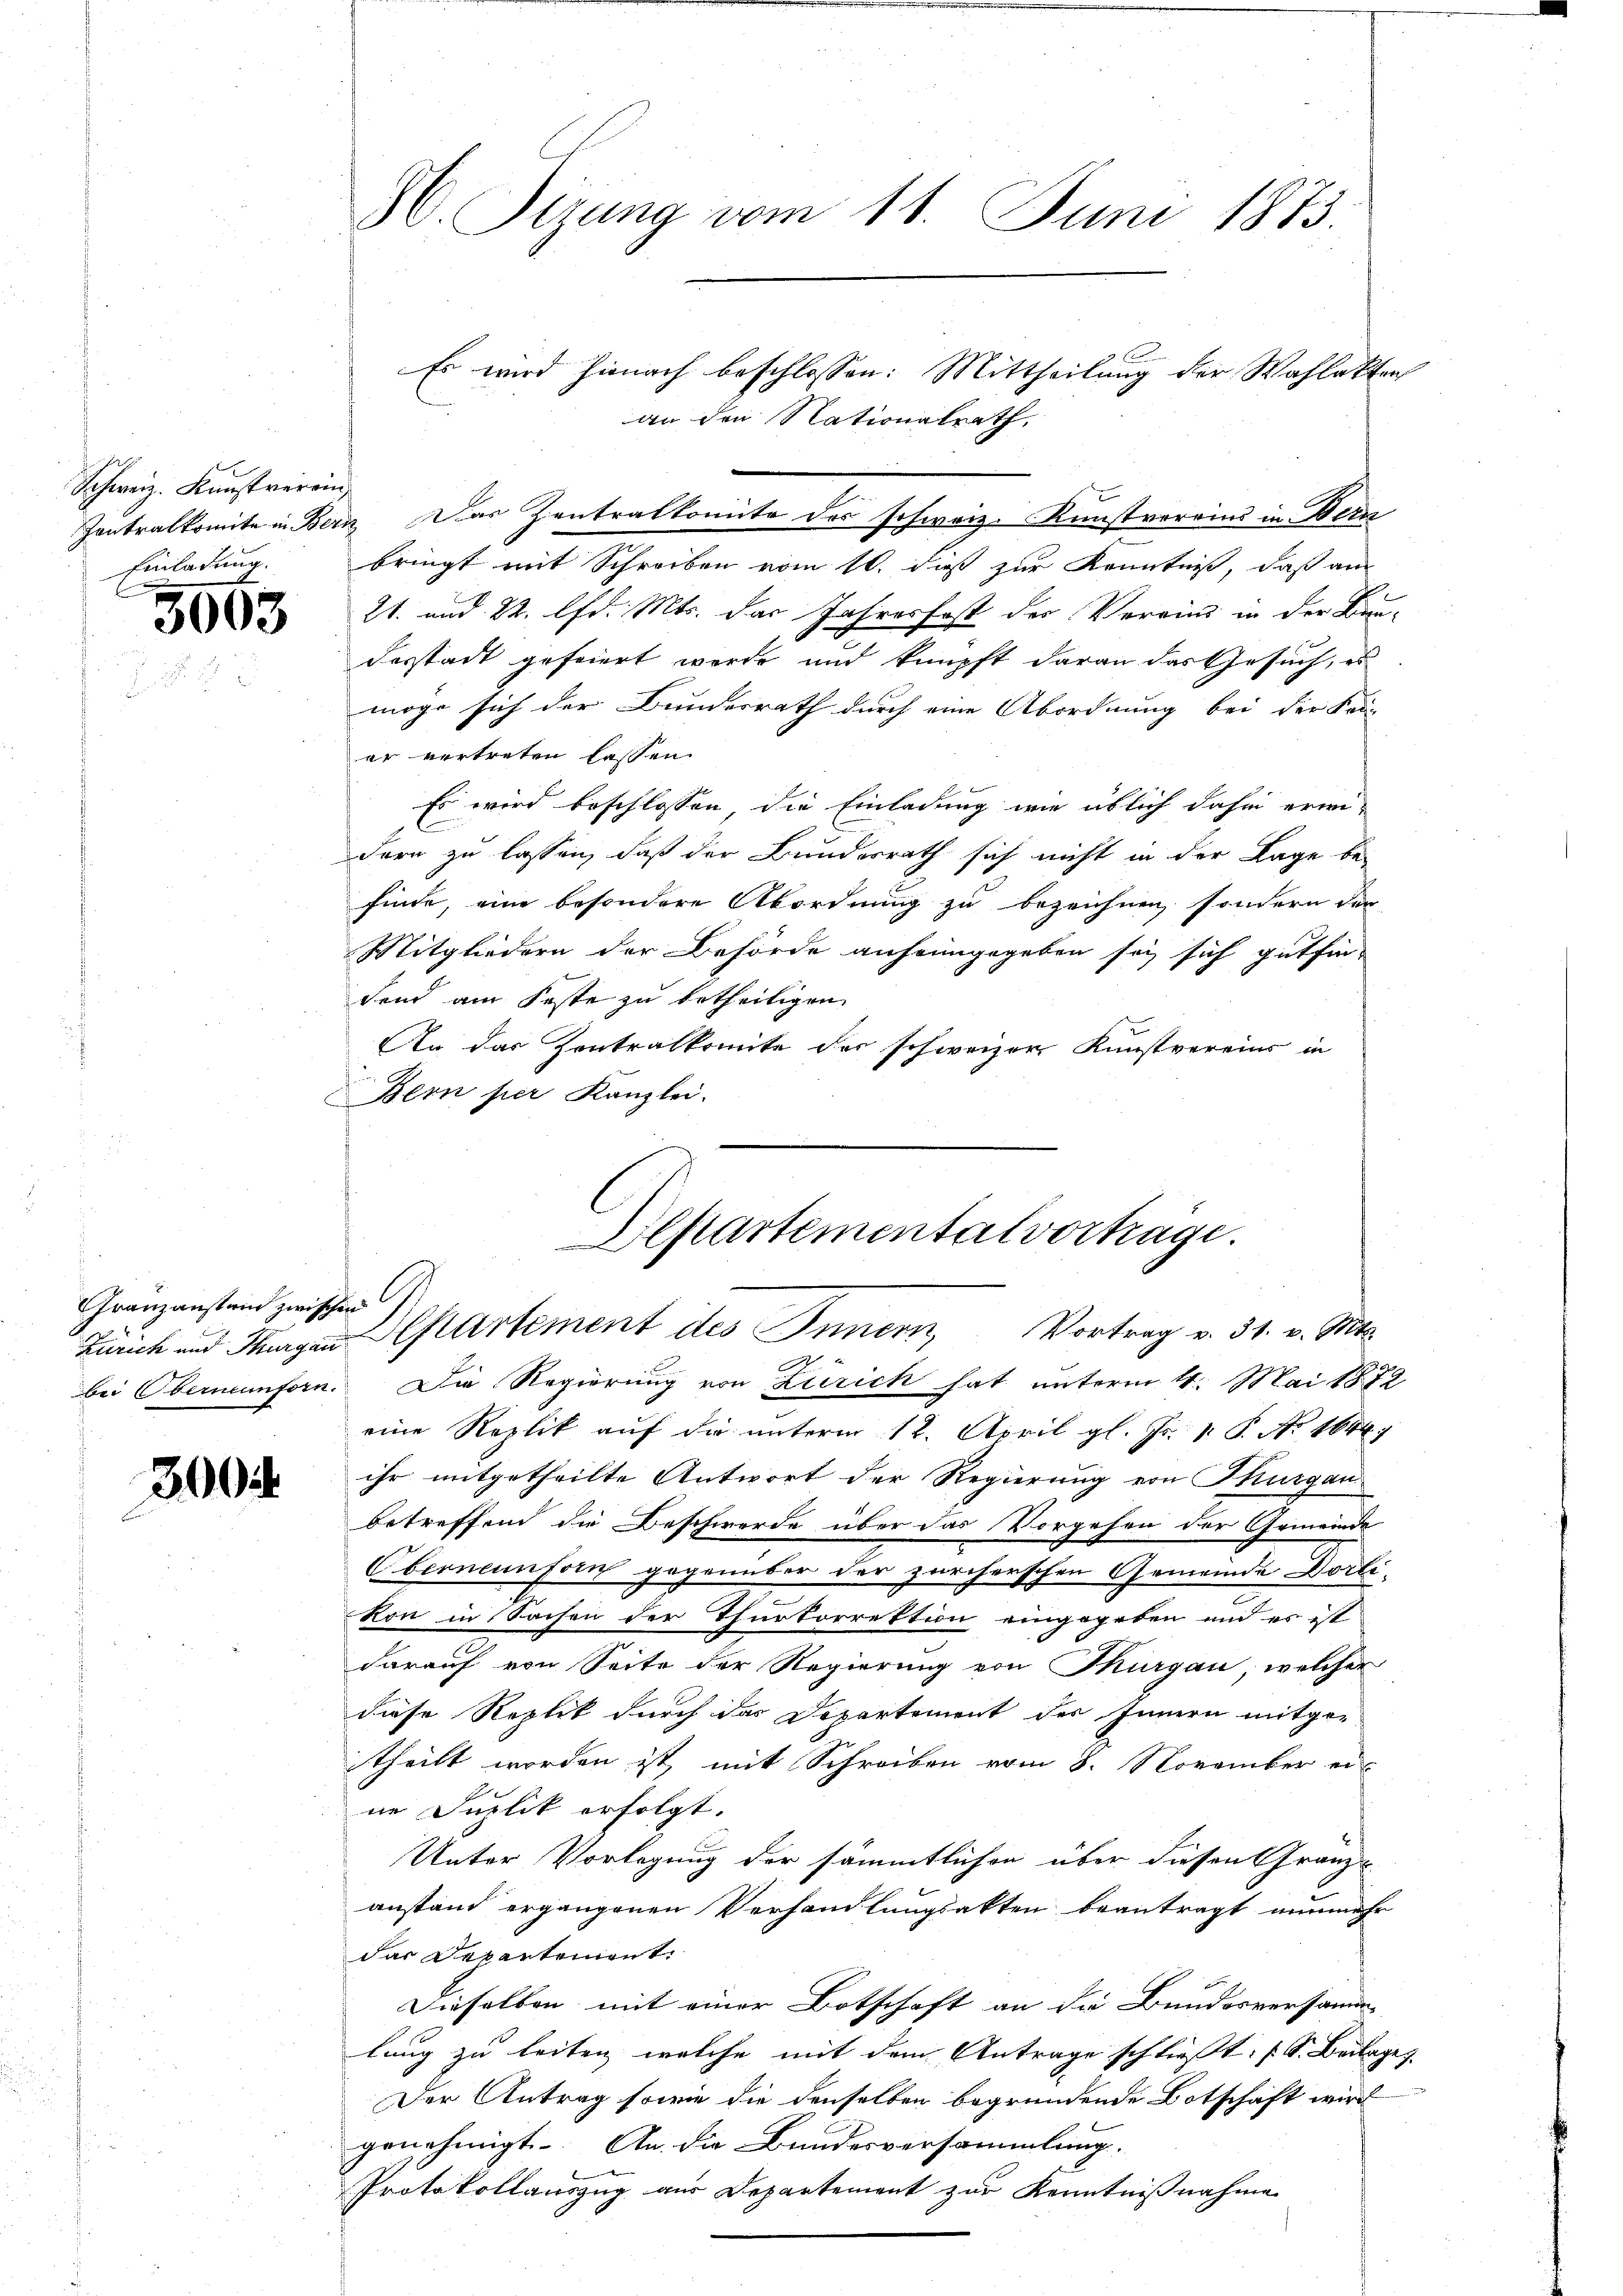
Schweiz. Kunstverrin
Einladung.

3063

ranzanstand zwischen

300

A. Sizung vom 11. Juni 1873.

Es wird hienach beschlossen: Mittheilung der Wahlakten
an den Nationalrath,
Zentralkomite in Bern. Das Zentralkomite des schweiz. Kunstvereins in Bern
bringt mit Schreiben vom 10. dieß zur Kenntniß, daß am
21. und 22. lfd. Mts. das Jahresfost der Vereins in der Bun-
desstadt gefeiert werde und knüpft daran das Gesuch, es
möge sich der Bundesrath durch eine Abordnung bei der Sei-
er vertreten lassen.
Es wird beschlossen die Einladung wie üblich dahin erwi¬
E
dern zu lassen, daß der Bundesrath sich nicht in der Lage befinde, eine besondere Abordnung zu bezeichnen, sondern der
Mitgliedern der Behörde anheimgegeben sey sich gutfin
fend am Feste zu betheiligen,
An das Contralkomite der schweizer Kunstvereins in
Bern per Kanzlei.

Ilftartemental vorträge.
Zürich und Hungen partement des Innern, Vortrag v. 31. v. Mts.

bei Oberneunforn. Die Regierung von Zürich hat unterm 4. Mai 1872
eine Replik auf die unterm 12. April gl. Js. 1. P. No 1644)
ihr mitgetheilte Antwort der Regierung von Thurgau
betreffend die Beschwerde über das Vorgehen der Gemeinde
Oberneunforn gegenüber der zürcherschen Gemeinde Dorli-
kon in Sachen der Thurkorrektion eingegeben und es ist
darauf von Seite der Regierung von Thurgau, welcher
diese Replik durch das Departement des Innern mitge-
theilt worden ist, mit Schreiben vom 8. November er-
ne Juplik erfolgt.
Unter Vorlegung der sämmtlichen über diesen Granz-
anstand ergangenen Verhandlungsakten beantragt nunmehr
das Departement.
Dieselben mit einer Botschaft an die Bundesversamm
lung zu leiten, welche mit dem Antrage schließt: (S. Beilage
Der Antrag sowie die denselben begründende Botschaft wird
genehmigt. An die Bundesversammlung.
Protokollauszug aus Departement zur Kenntnißnahme